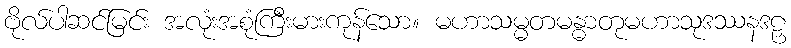
ဗိုလ်ပါဆင်မြင်း အလုံးအစုံကြီးမားကုန်သော။ မဟာသမ္မတမန္ဓာတုမဟာသုဒဿနဒဠှ